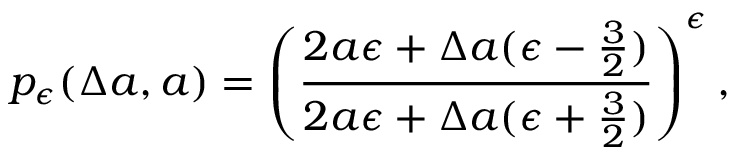
p _ { \epsilon } ( \Delta a , a ) = \left( \frac { 2 a \epsilon + \Delta a ( \epsilon - \frac { 3 } { 2 } ) } { 2 a \epsilon + \Delta a ( \epsilon + \frac { 3 } { 2 } ) } \right) ^ { \epsilon } ,